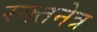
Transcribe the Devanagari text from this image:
रक्तनेत्र